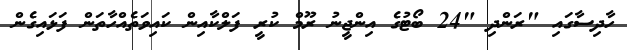
ހާދިސާގައި "ރަންދި "24 ބޯޓުގެ އިންޖީނު ރޫމް ކުރީ ފަލްކާއިން ކައިވަތެއްހާތަން ފަޅައިގެން